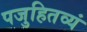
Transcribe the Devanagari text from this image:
पजुहितव्यं